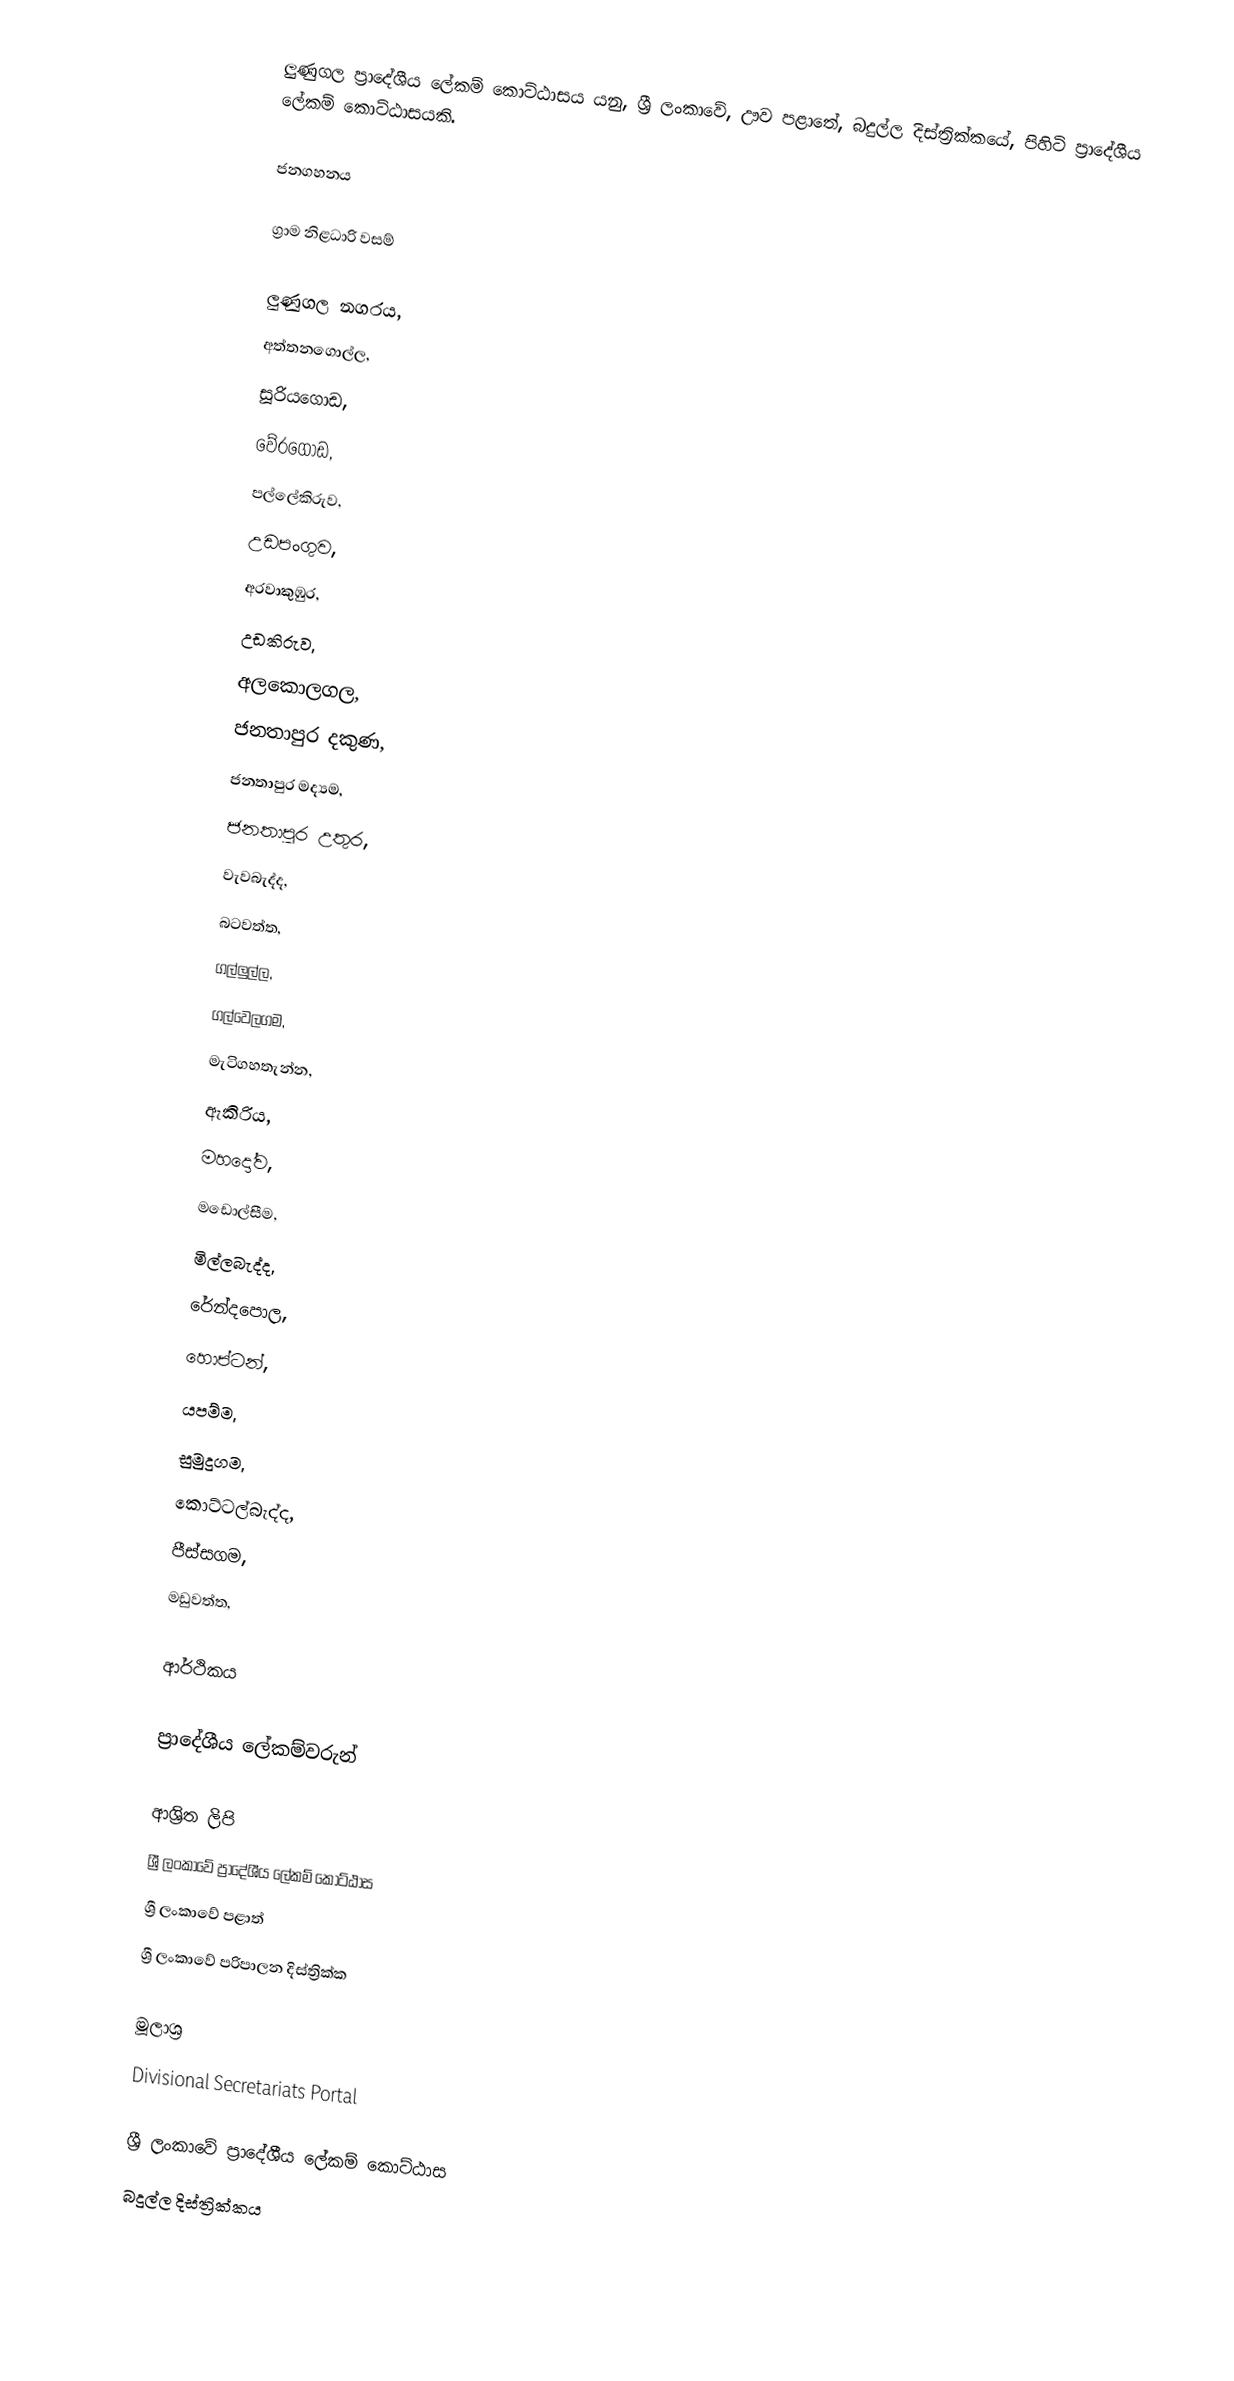
ලුණුගල ප්‍රාදේශීය ලේකම් කොට්ඨාසය යනු,  ශ්‍රී ලංකාවේ, ඌව පළාතේ,   බදුල්ල දිස්ත්‍රික්කයේ, පිහිටි ප්‍රාදේශීය ලේකම් කොට්ඨාසයකි.

ජනගහනය

ග්‍රාම නිළධාරි වසම්

ලුණුගල නගරය,
අත්තනගොල්ල,
සූරියගොඩ,
වේරගොඩ,
පල්ලේකිරුව,
උඩපංගුව,
අරවාකුඹුර,
උඩකිරුව,
අලකොලගල,
ජනතාපුර දකුණ,
ජනතාපුර මද්‍යම,
ජනතාපුර උතුර,
වැවබැද්ද,
බටවත්ත,
ගල්ලුල්ල,
ගල්වෙලගම,
මැටිගහතැන්න,
ඇකිරිය,
මහදෝව,
මඩොල්සීම,
මිල්ලබැද්ද,
රේන්දපොල,
හොප්ටන්,
යපම්ම,
සුමුදුගම,
කොට්ටල්බැද්ද,
පීස්සගම,
මඩුවත්ත,

ආර්ථිකය

ප්‍රාදේශීය ලේකම්වරුන්

ආශ්‍රිත ලිපි
ශ්‍රී ලංකාවේ ප්‍රාදේශීය ලේකම් කොට්ඨාස
ශ්‍රී ලංකාවේ පළාත්
ශ්‍රී ලංකාවේ පරිපාලන දිස්ත්‍රික්ක

මූලාශ්‍ර
 Divisional Secretariats Portal

ශ්‍රී ලංකාවේ ප්‍රාදේශීය ලේකම් කොට්ඨාස
බදුල්ල දිස්ත්‍රික්කය